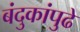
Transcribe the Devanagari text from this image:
बंदुकांपुढे